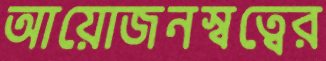
আয়োজনস্বত্বের